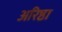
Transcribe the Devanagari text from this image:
अरिष्ठा